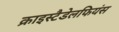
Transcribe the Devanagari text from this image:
क्राइस्टैडेलफियंस